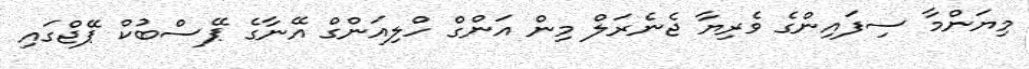
މިޔަންމާ ސިފައިންގެ ވެރިޔާ ޖެނެރަލް މިން އަންގް ހްލިއަންގް އޭނާގެ ޕޭސްބުކް ޕޭޖްގައި